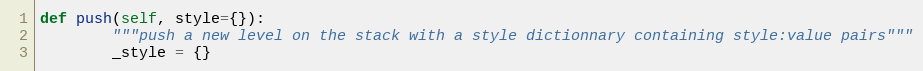
Language: Python
def push(self, style={}):
        """push a new level on the stack with a style dictionnary containing style:value pairs"""
        _style = {}